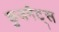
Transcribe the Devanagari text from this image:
कुजनैट्स